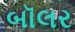
બૉલર